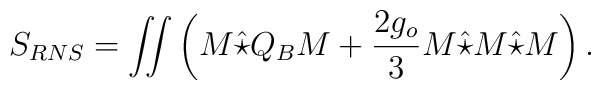
S_{RNS}=\int\!\!\!\int\left(M\hat{\star}Q_BM+\frac{2g_o}{3}M\hat{\star}M\hat{\star}M\right).